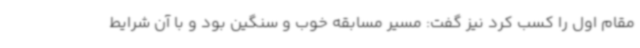
مقام اول را کسب کرد نیز گفت: مسیر مسابقه خوب و سنگین بود و با آن شرایط